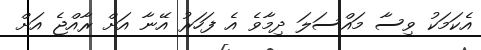
އެކަމަކު ވިސާ މައްސަލަ ދިމާވެ އެ ފަހަރު އޭނާ އަށް ރާއްޖެ އަށް